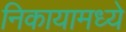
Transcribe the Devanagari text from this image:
निकायामध्ये